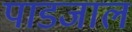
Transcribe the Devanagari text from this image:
पाडजाल